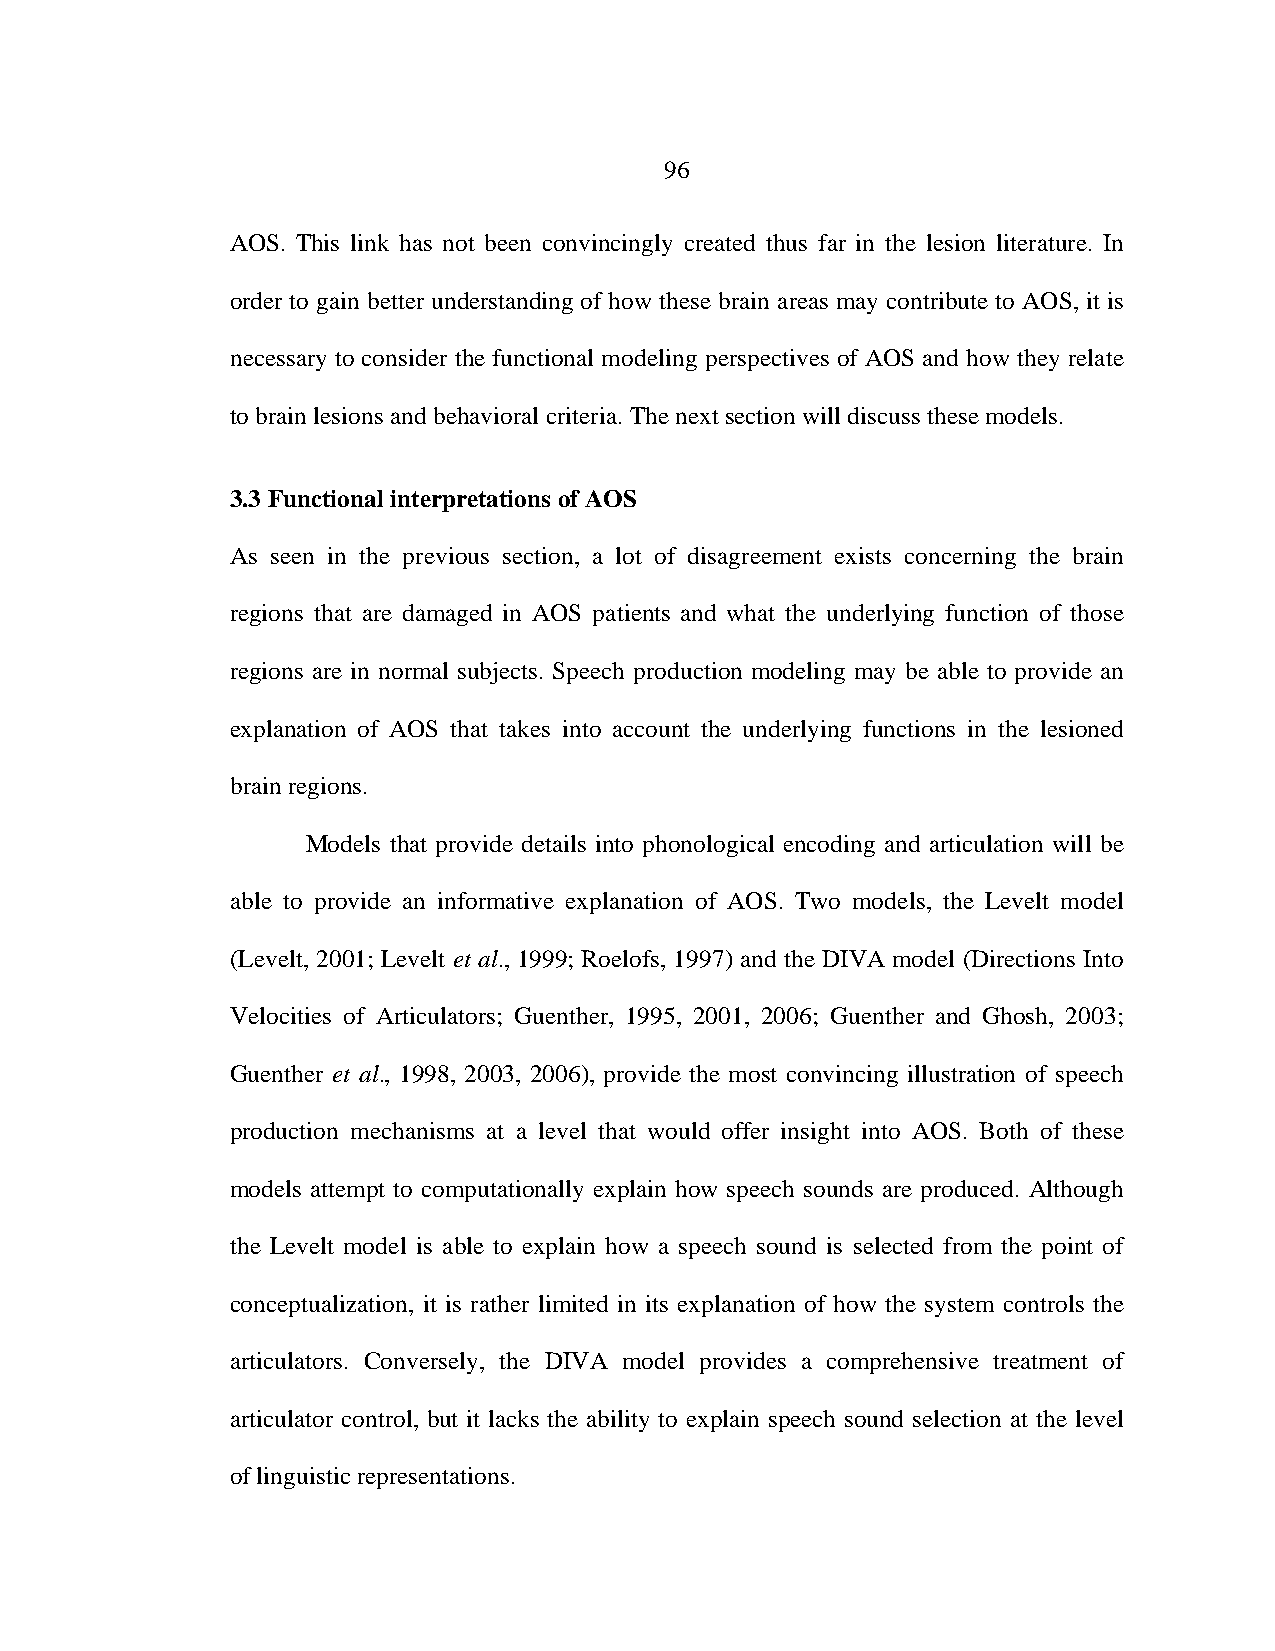
96
 AOS. This link has not been convincingly created thus far in the lesion literature. In
 order to gain better understanding of how these brain areas may contribute to AOS, it is
 necessary to consider the functional modeling perspectives of AOS and how they relate
 to brain lesions and behavioral criteria. The next section will discuss these models.
 3.3 Functional interpretations of AOS
 As seen in the previous section, a lot of disagreement exists concerning the brain
 regions that are damaged in AOS patients and what the underlying function of those
 regions are in normal subjects. Speech production modeling may be able to provide an
 explanation of AOS that takes into account the underlying functions in the lesioned
 brain regions.
 Models that provide details into phonological encoding and articulation will be
 able to provide an informative explanation of AOS. Two models, the Levelt model
 (Levelt, 2001; Levelt et al., 1999; Roelofs, 1997) and the DIVA model (Directions Into
 Velocities of Articulators; Guenther, 1995, 2001, 2006; Guenther and Ghosh, 2003;
 Guenther et al., 1998, 2003, 2006), provide the most convincing illustration of speech
 production mechanisms at a level that would offer insight into AOS. Both of these
 models attempt to computationally explain how speech sounds are produced. Although
 the Levelt model is able to explain how a speech sound is selected from the point of
 conceptualization, it is rather limited in its explanation of how the system controls the
 articulators. Conversely, the DIVA model provides a comprehensive treatment of
 articulator control, but it lacks the ability to explain speech sound selection at the level
 of linguistic representations.